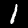
Digit: 1